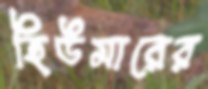
হিউমারের